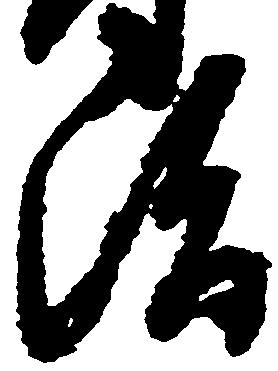
治